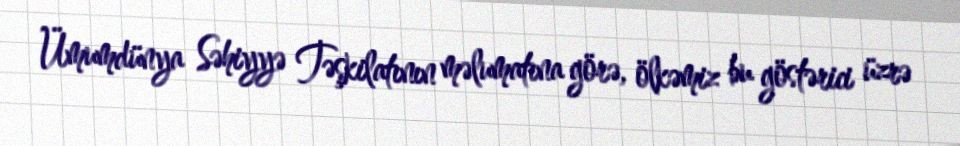
Ümumdünya Səhiyyə Təşkilatının məlumatına görə, ölkəmiz bu göstərici üzrə